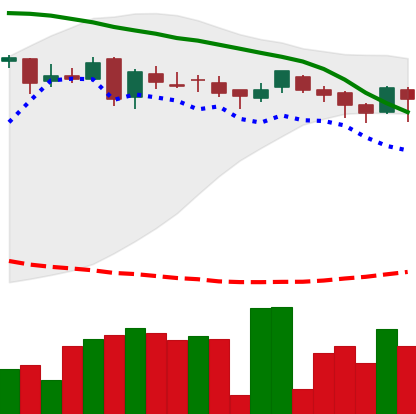
Ticker: DOGE-USD
Chart end date: 2018-05-09
Forward return: -12.429%
Label: down_7plus